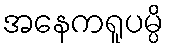
အနေကရူပမ္ပိ